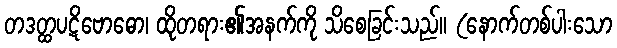
တဒတ္ထပဋိဗောဓော၊ ထိုတရား၏အနက်ကို သိစေခြင်းသည်။ (နောက်တစ်ပါးသော